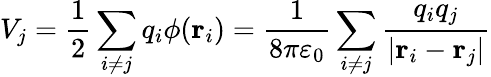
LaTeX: V_{j}={\frac{1}{2}}\sum_{i\neq j}q_{i}\phi(\mathbf{r}_{i})={\frac{1}{8\pi\varepsilon_{0}}}\sum_{i\neq j}{\frac{q_{i}q_{j}}{|\mathbf{r}_{i}-\mathbf{r}_{j}|}}